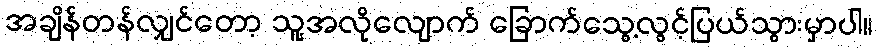
အချိန်တန်လျှင်တော့ သူ့အလိုလျောက် ခြောက်သွေ့လွင့်ပြယ်သွားမှာပါ။